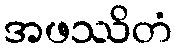
အဖဿိတံ